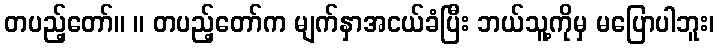
တပည့်တော်။ ။ တပည့်တော်က မျက်နှာအငယ်ခံပြီး ဘယ်သူ့ကိုမှ မပြောပါဘူး၊